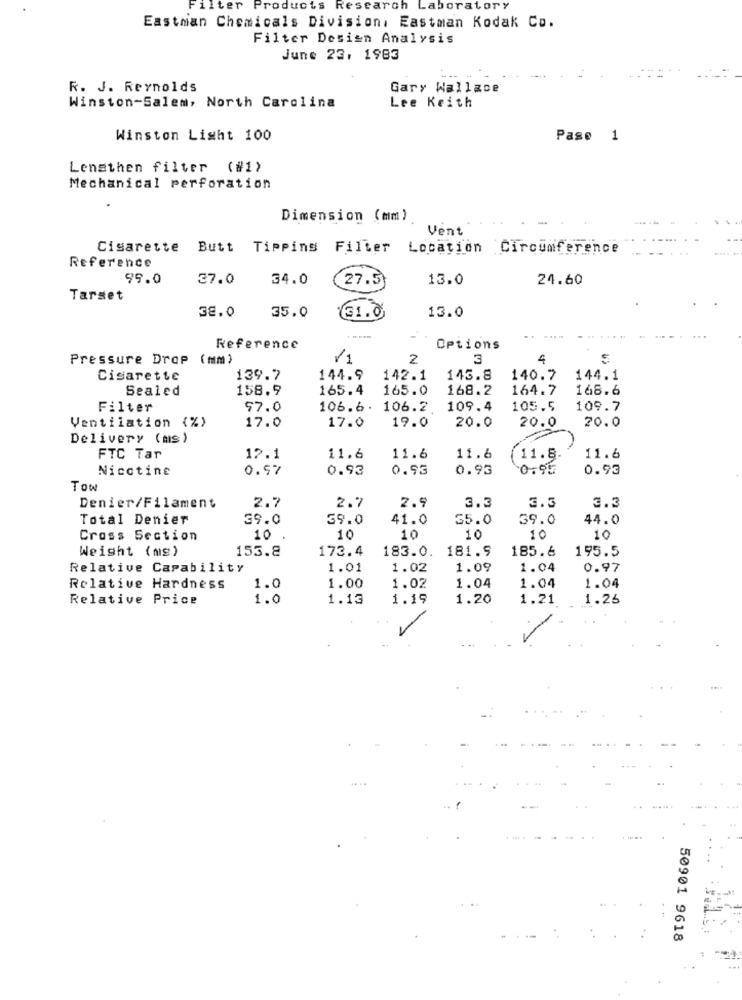
Filter Products Research
Laboratory
Eastman Chemicals Division. Eastman Kodak Co.
Filter Desisn Analysis
June 23, 1983
R. J. Reynolds
Gary Wallace
Winston-Salem, North Carolina
Lee Keith
Winston Light 100
Pase 1
Lensthen filter (#1)
Mechanical perforation
Dimension (mm)
Vent
Cigarette
Butt Tipping
Filter Location Circumference
Reference
99.0
37.0
34.0
27.5}
13.0
24.60
Tarset
38.0
13.0
35.0
31.0
---
......
Reference
Options
Pressure Drop (mm)
/1
2
3
4
Cigarette
139.7
144.9
142.1
143.8
140.7
144.1
Sealed
158.9
165.4
165.0
168.2
164.7
168.6
Filter
57.0
106.6. 106.2
109.4
105.5
109.7
Ventilation (%)
17.0
19.0
20.0
20.0
17.0
20.0
Delivery (ms)
FTC Tar
12.1
11.6
11.6
11.6
11.8.
11.6
Nicotine
0.97
0.93
0.93
0.93
0.95
0.93
Tow
2.7
2.9
Denier/Filament
2.7
3.3
3.3
3.3
Total Denier
39.0
39.0
41.0
35.0
39.0
44.0
Cross Section
10
10
10
10
10
10
Weight (mg)
153.8
173.4
183.0. 181.9
185.6
195.5
Relative Capability
1.01
1.02
1.09
1.04
0.97
Relative Hardness
1.0
1.00
1.02
1.04
1.04
1.04
Relative Price
1.0
1.13
1.19
1.20
1.21
1.26
-
50901 9618